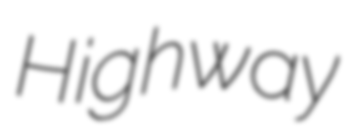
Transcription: Highway